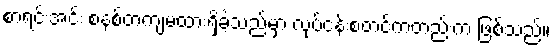
စာရင်းအင်း စနစ်တကျမထားရှိခဲ့သည်မှာ လုပ်ငန်းစတင်ကတည်းက ဖြစ်သည်။